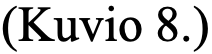
(Kuvio 8.)